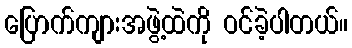
ပြောက်ကျားအဖွဲ့ထဲကို ဝင်ခဲ့ပါတယ်။